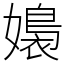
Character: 嬝